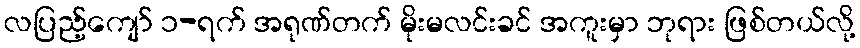
လပြည့်ကျော် ၁-ရက် အရုဏ်တက် မိုးမလင်းခင် အကူးမှာ ဘုရား ဖြစ်တယ်လို့